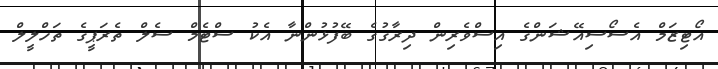
އޯޓިޒަމް އެސޯސިއޭޝަންގެ އިސްވެރިން ދިރާގުގެ ބޭފުޅުންނާ އެކު ސްޓެމް ސެލް ތެރަޕީގެ ތަހްލީލް